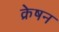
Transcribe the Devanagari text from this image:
क्रेषन